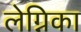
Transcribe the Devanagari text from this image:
लेग्निका